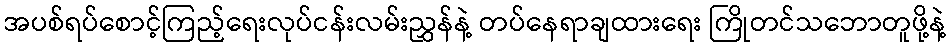
အပစ်ရပ်စောင့်ကြည့်ရေးလုပ်ငန်းလမ်းညွှန်နဲ့ တပ်နေရာချထားရေး ကြိုတင်သဘောတူဖို့နဲ့